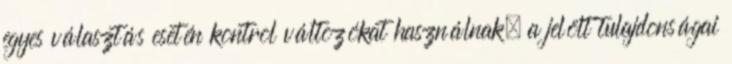
egyes választás esetén kontrol változókat használnak, a jelölt tulajdonságai